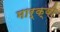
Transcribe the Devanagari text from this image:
मार्क्वी